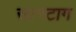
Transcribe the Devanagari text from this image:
सानटाग